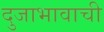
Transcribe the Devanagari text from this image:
दुजाभावाची